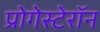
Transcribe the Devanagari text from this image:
प्रोगेस्टेरॉन